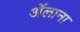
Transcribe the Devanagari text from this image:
ॲलाना